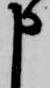
申